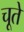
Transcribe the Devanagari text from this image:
चूते